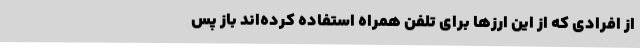
از افرادی که از این ارزها برای تلفن همراه استفاده کرده‌اند باز پس